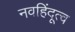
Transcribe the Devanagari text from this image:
नवहिंदूत्व